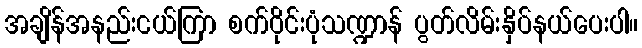
အချိန်အနည်းငယ်ကြာ စက်ဝိုင်းပုံသဏ္ဍာန် ပွတ်လိမ်းနှိပ်နယ်ပေးပါ။